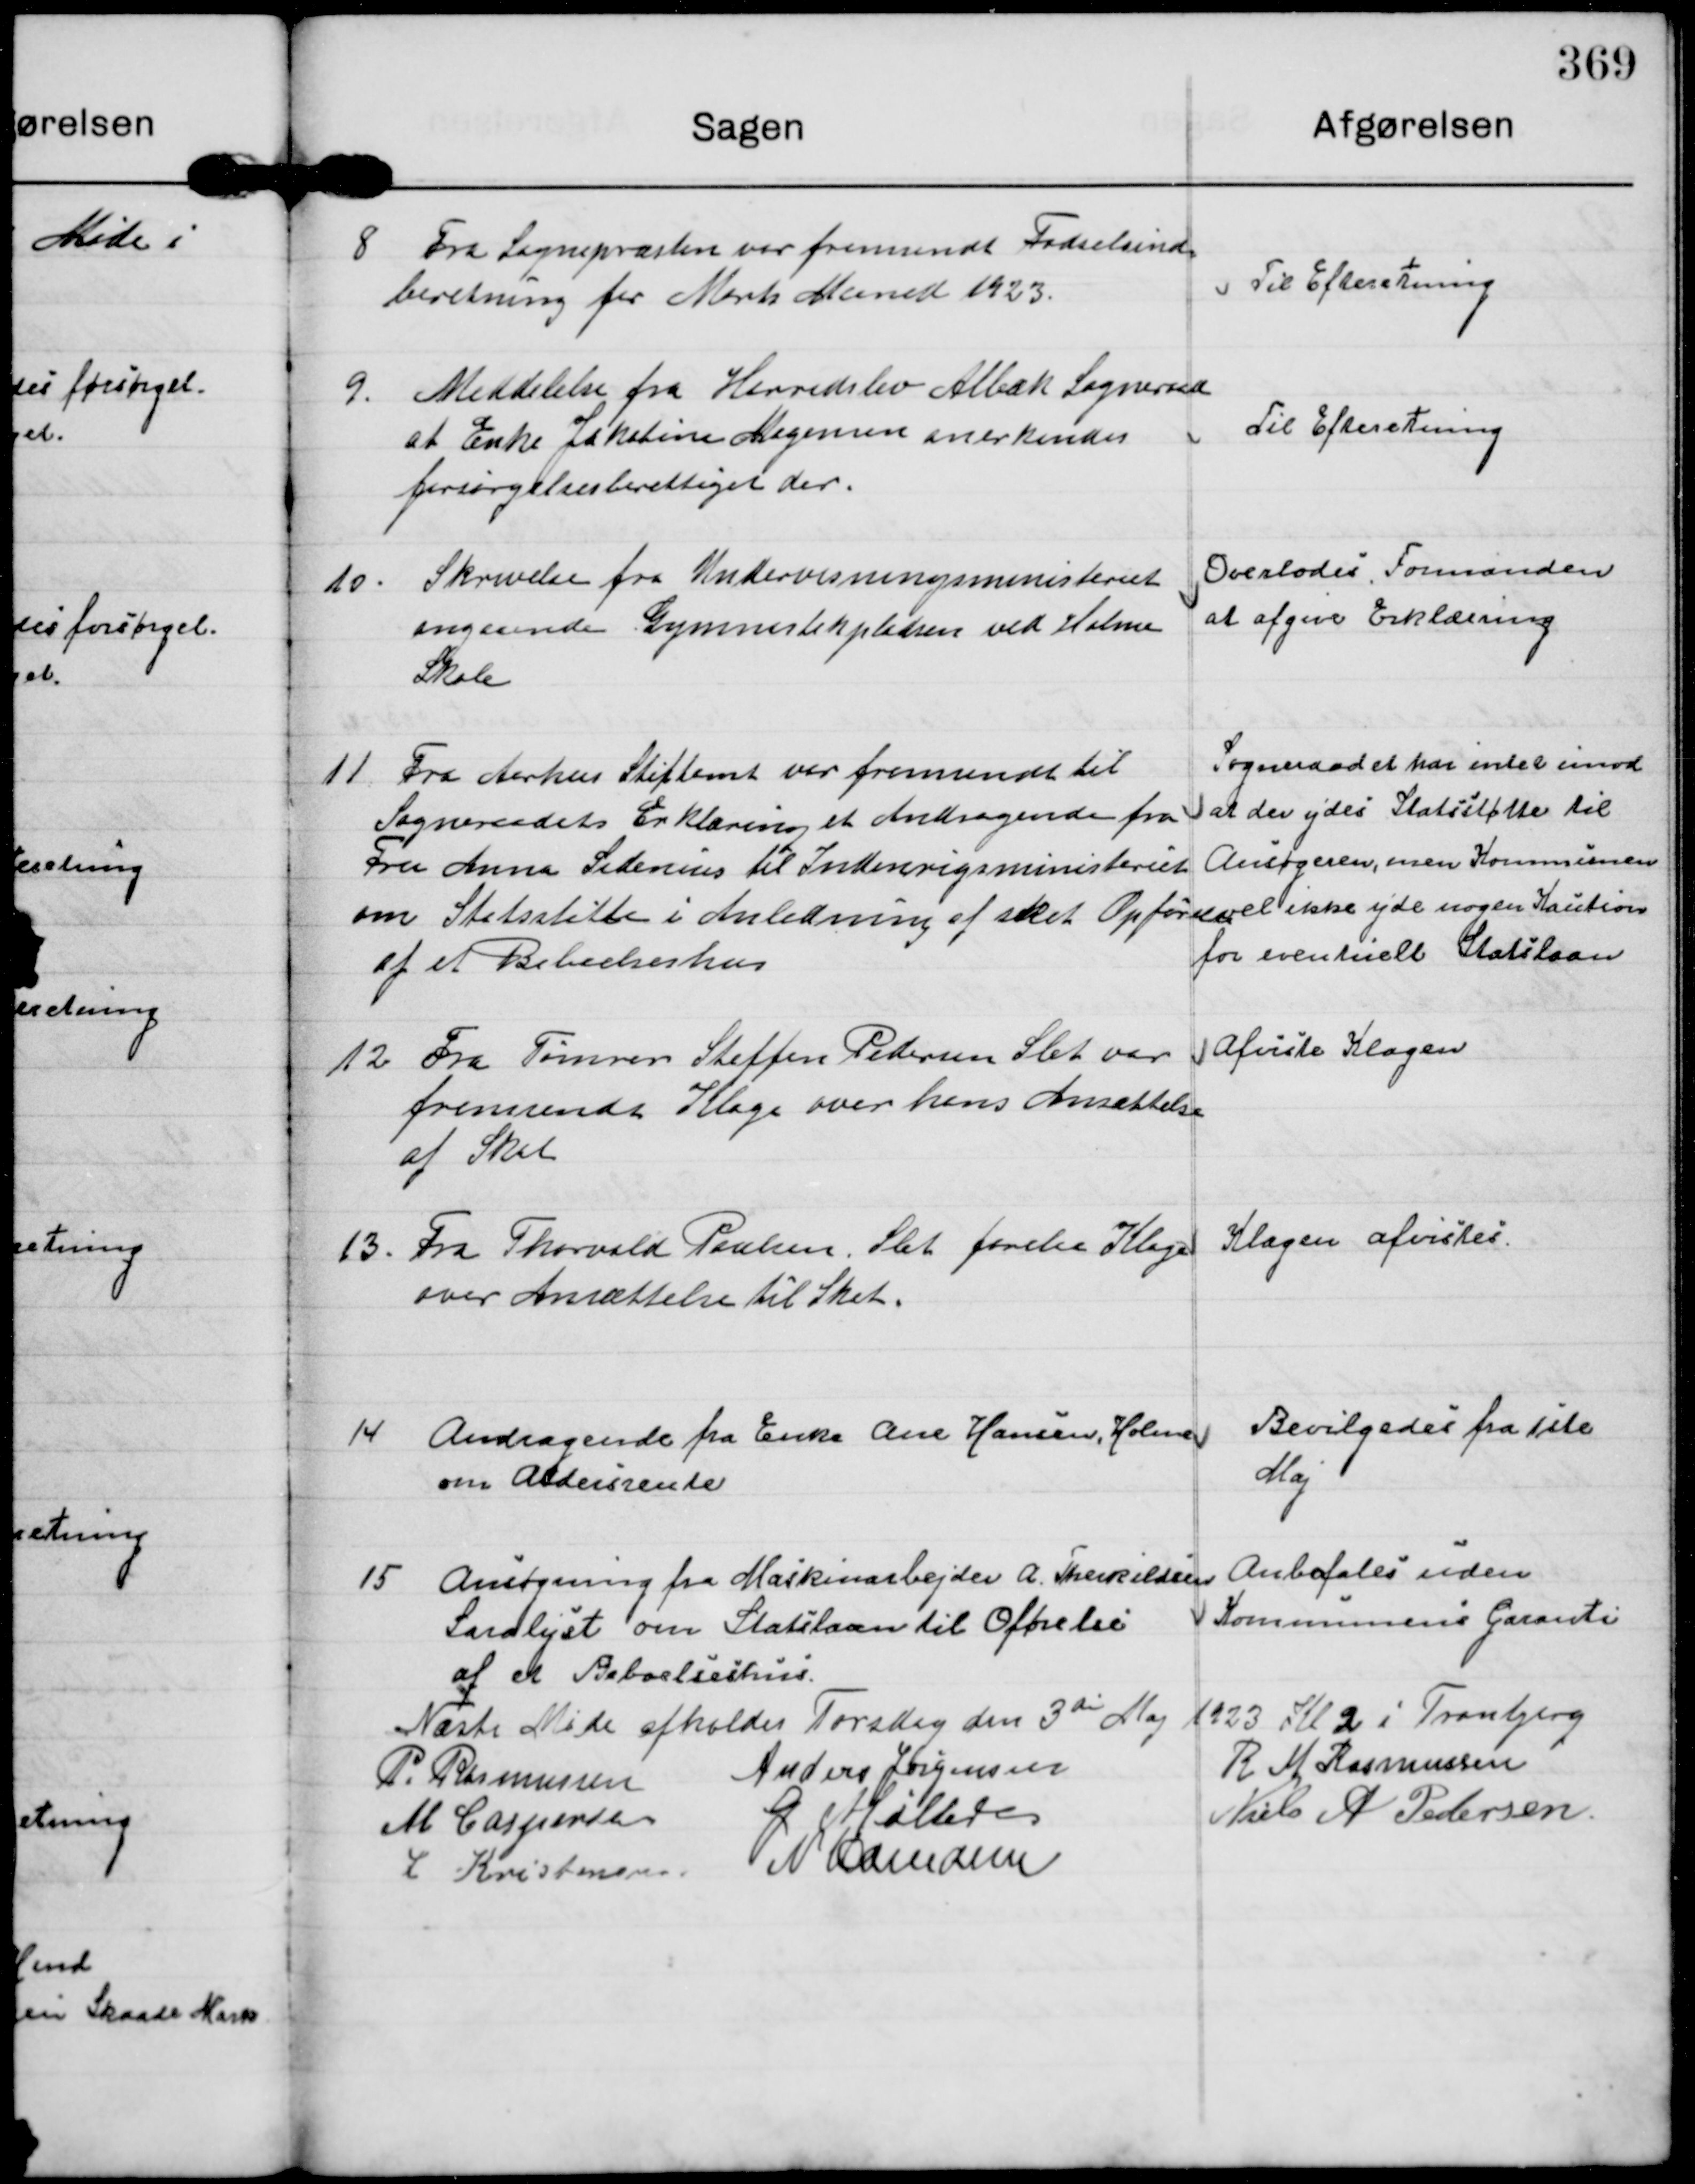
Transskription:
8
Fra Sognepræsten var fremsendt Fødselsind=
beretning for Marts Maaned 1923.

Til Efteretning

9.
Meddelelse fra Herredslev Albæk Sogneraad
at Enke Jakobine Mogensen anerkendes
forsørgelsesberettiget der.

Til Efteretning

10.
Skrivelse fra Undervisningsministeriet
angaaende Gymnastikpladsen ved Holme
Skole

Overlodes, Formanden
at afgive Erklæring

11
Fra Aarhus Stiftamt var fremsendt til
Sogneraadets Erklæring et Andragende fra
Fru Anna Sidenius til Indenrigsministeriet
om Statsstøtte i Anledning af sket Opførelse
af et Beboelseshus

Sogneraadet har intet imod
at der ydes Statsstøtte til
Ansøgeren, men Kommunen
vil ikke yde nogen Kaution 
for eventuelt Statslaan

12
Fra Tømrer Steffen Pedersen Slet var
fremsendt Klage over hans Ansættelse
af Skat

Afviste Klagen

13.
Fra Thorvald Poulsen, Slet forelaa Klage
over Ansættelse til Skat.

Klagen afvistes.

14
Andragende fra Enke Ane Hansen, Holme
om Aldersrente

Bevilgedes fra 1ste
Maj

15
Ansøgning fra Maskinarbejder A. Therkildsen
Saralyst om Statslaan til Opførelse
af et Beboelseshus.

Anbefales uden
Kommunens Garanti

Næste møde afholdes Torsdag den 3 die Maj 1923 Kl 2 i Tranbjerg
P. Rasmussen
Anders Jørgensen
R M Rasmussen
M Caspersen
G Møller
Niels A Pedersen.
L Kristensen.
N Hamann